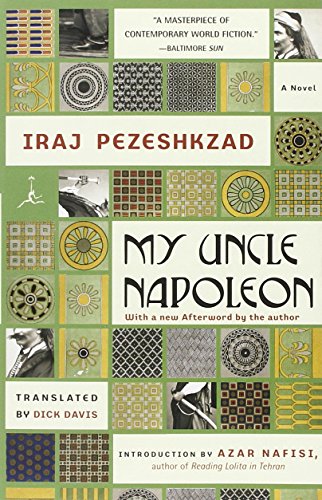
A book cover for My Uncle Napoleon: A Novel (Modern Library Paperbacks); Iraj Pezeshkzad; Literature & Fiction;